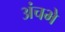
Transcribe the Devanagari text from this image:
अंचभे